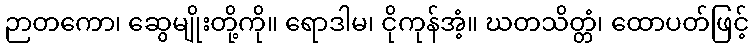
ဉာတကော၊ ဆွေမျိုးတို့ကို။ ရောဒါမ၊ ငိုကုန်အံ့။ ဃတသိတ္တံ၊ ထောပတ်ဖြင့်